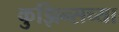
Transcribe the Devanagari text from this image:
कुझिन्सच्या